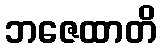
ဘဇေထာတိ